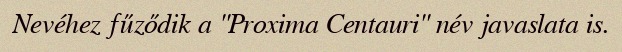
Nevéhez fűződik a "Proxima Centauri" név javaslata is.